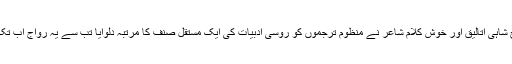
اس عاشق مزاج شاہی اتالیق اور خوش کلام شاعر نے منظوم ترجموں کو روسی ادبیات کی ایک مستقل صنف کا مرتبہ دلوایا تب سے یہ رواج اب تک چلا آ رہا ہے۔